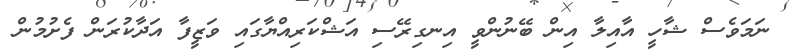
ނަމަވެސް ޝާހީ އާއިލާ އިން ބޭނުންވީ އިނގިރޭސި އަޝްކަރިއްޔާގައި ވަޒީފާ އަދާކުރަން ފެށުމުން